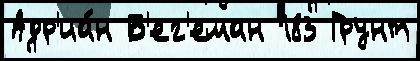
Адр'иа́н Б'ег'еман 183 Грунт